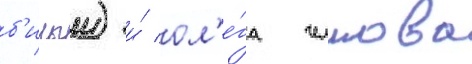
б'илыи) и́ ол'е́га челнова